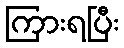
ကြားရပြီး